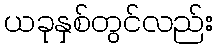
ယခုနှစ်တွင်လည်း